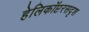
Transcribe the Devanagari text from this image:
हेलिकॉप्टरसदृश